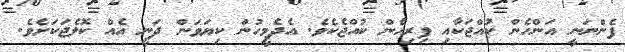
ފެންނަނީ އަންހެން ކުއްޖަކާއި ފިރިހެން ކުއްޖެކެވެ. އެދެމީހުން ކިޔަވަން ދަނީ އެއް ކޮލެޖަކަށެވެ.